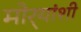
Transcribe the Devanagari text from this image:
मोर्‍यांशी